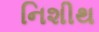
નિશીથ